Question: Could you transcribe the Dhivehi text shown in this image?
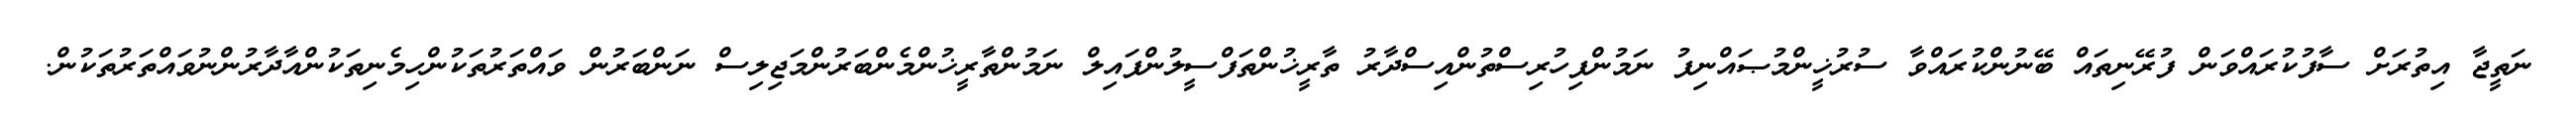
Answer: ނަތީޖާ އިތުރަށް ސާފުކުރައްވަން ފުރޭނިތައް ބޭނުންކުރައްވާ ސުރުޚީންމުޞައްނިފު ނަމުންފިހުރިސްތުންއިސްދާރު ތާރީޚުންތަފްސީލުންފައިލް ނަމުންތާރީޚުންމެންބަރުންމަޖިލިސް ނަންބަރުން ވައްތަރުތަކުންހިމެނިތަކުންއާދާރުންނުވައްތަރުތަކުން.